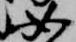
如